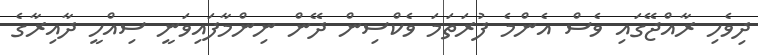
ދިވެހި ރާއްޖޭގައި ވެސް އެންމެ ފުރަތަމަ ވެކްސިން ދޭން ނިންމާފައިވަނީ ސިއްހީ ދާއިރާގެ